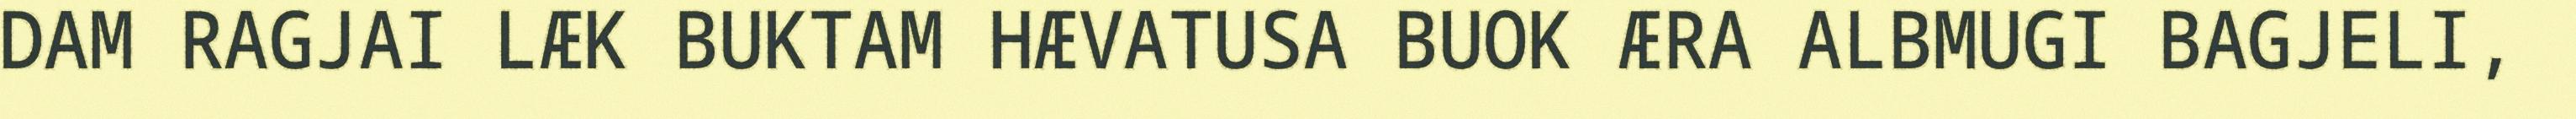
DAM RAGJAI LÆK BUKTAM HÆVATUSA BUOK ÆRA ALBMUGI BAGJELI,